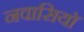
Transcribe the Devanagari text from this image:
नवासियाॅ